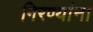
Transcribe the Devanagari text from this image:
गिरण्यांना